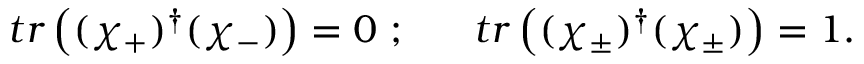
t r \left( ( \chi _ { + } ) ^ { \dagger } ( \chi _ { - } ) \right) = 0 ~ ; ~ ~ ~ ~ ~ t r \left( ( \chi _ { \pm } ) ^ { \dagger } ( \chi _ { \pm } ) \right) = 1 .